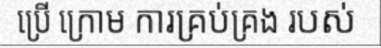
ប្រើ ក្រោម ការគ្រប់គ្រង របស់